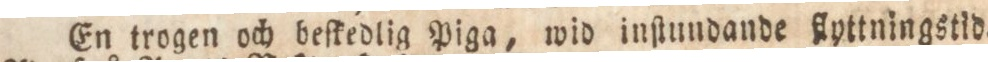
En trogen och beſkedlig Piga, wid inſtundande flyttningstid.